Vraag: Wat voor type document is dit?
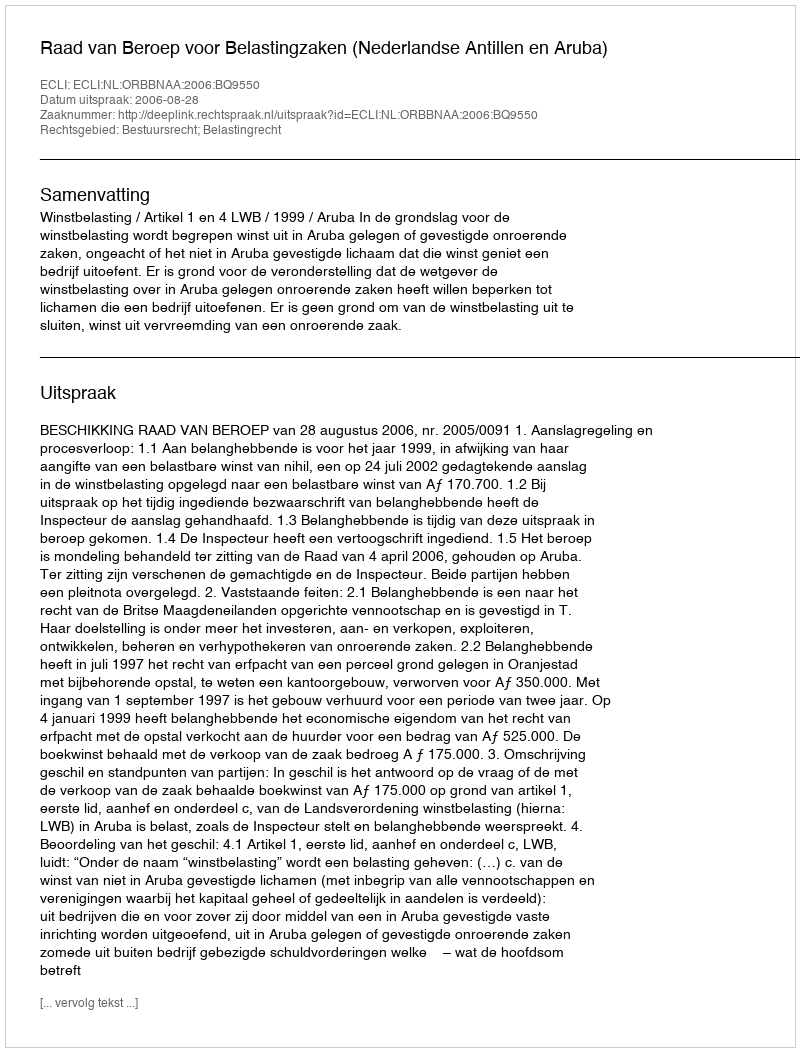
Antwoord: Uitspraak